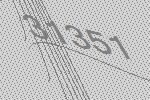
31351